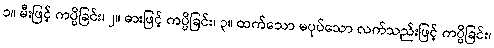
၁။ မီးဖြင့် ကပ္ပိခြင်း၊ ၂။ ဓားဖြင့် ကပ္ပိခြင်း၊ ၃။ ထက်သော မပုပ်သော လက်သည်းဖြင့် ကပ္ပိခြင်း၊